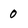
Character: 0